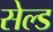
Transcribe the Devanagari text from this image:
सेल्ड